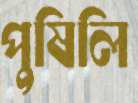
পুষিলি